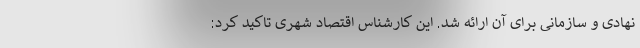
نهادی و سازمانی برای آن ارائه شد. این کارشناس اقتصاد شهری تاکید کرد: